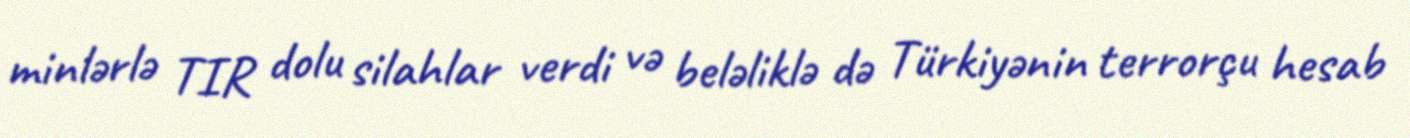
minlərlə TIR dolu silahlar verdi və beləliklə də Türkiyənin terrorçu hesab